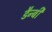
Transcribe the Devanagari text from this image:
डैन्बी